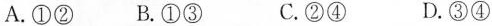
A.①② B.①③ C.②④ D.③④